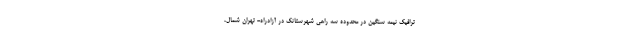
ترافیک نیمه سنگین در محدوده سه راهی شهرستانک در آزادراه- تهران شمال،